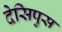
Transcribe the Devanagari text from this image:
देसिपुस